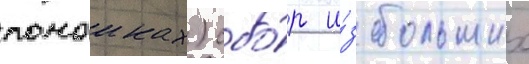
помоиках) сбо́р и́з больших